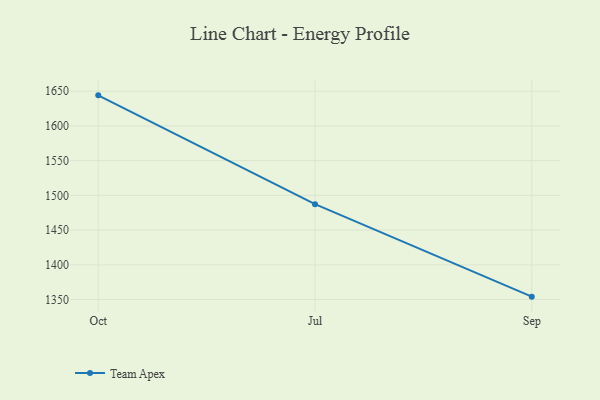
{"axis": {"x": "Month", "y": "Market Share (%)"}, "legend": ["Team Apex"], "data": [{"x": "Oct", "y": 1644.0, "type": "Team Apex"}, {"x": "Jul", "y": 1487.4, "type": "Team Apex"}, {"x": "Sep", "y": 1354.2, "type": "Team Apex"}]}